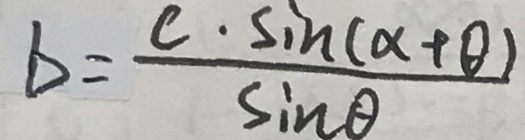
\Delta = \frac { c \cdot \sin ( x + \theta ) } { \sin \theta }